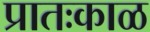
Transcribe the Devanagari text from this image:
प्रातःकाळ